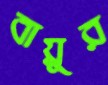
বায়ুর